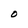
Character: O